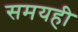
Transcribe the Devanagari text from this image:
समयही